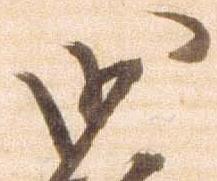
沙